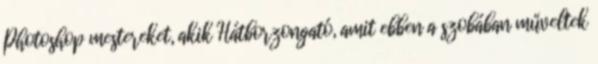
Photoshop mestereket, akik Hátborzongató, amit ebben a szobában műveltek